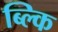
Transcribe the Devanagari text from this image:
ब्ल्कि